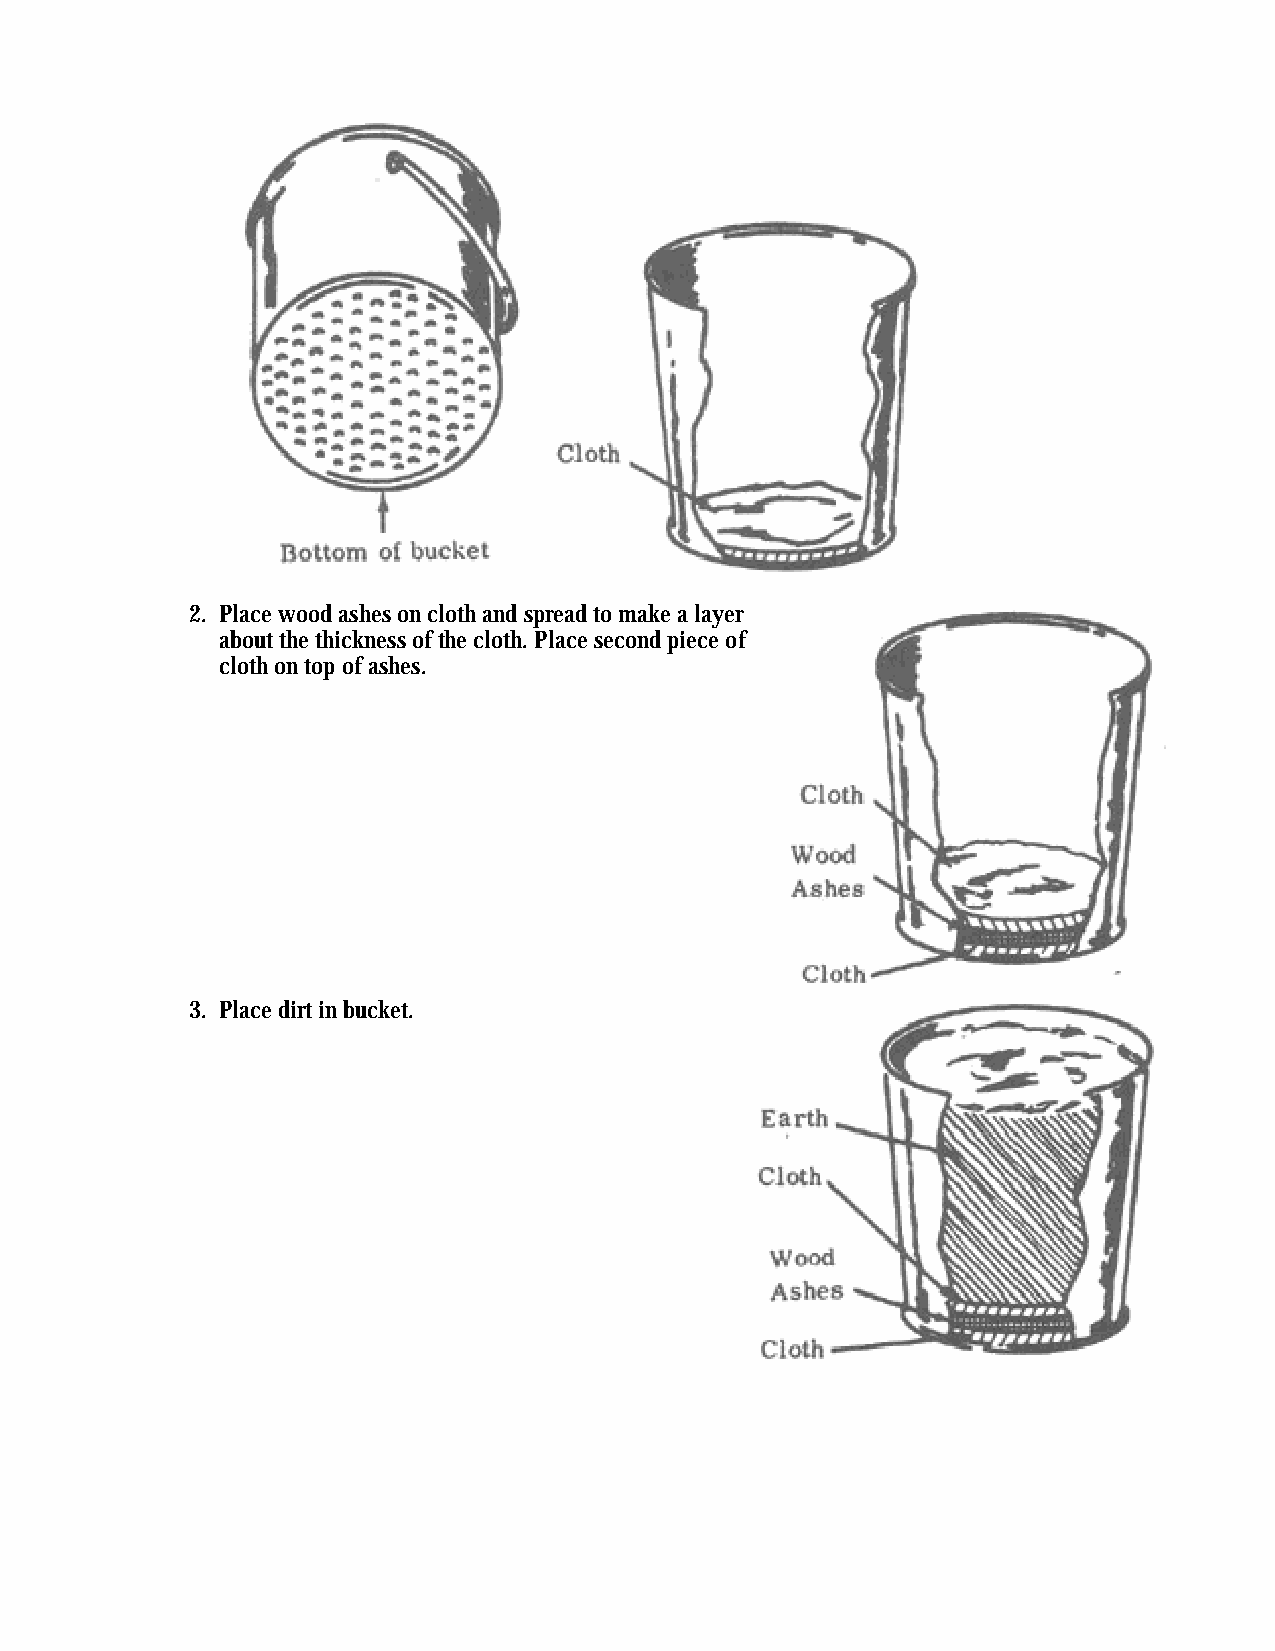
2. Place wood ashes on cloth and spread to make a layer
 about the thickness of the cloth. Place second piece of
 cloth on top of ashes.
 3. Place dirt in bucket.